Report of the Indian Hemp Drugs Commission, 1894-1895 - Volume IV
Year: 1894
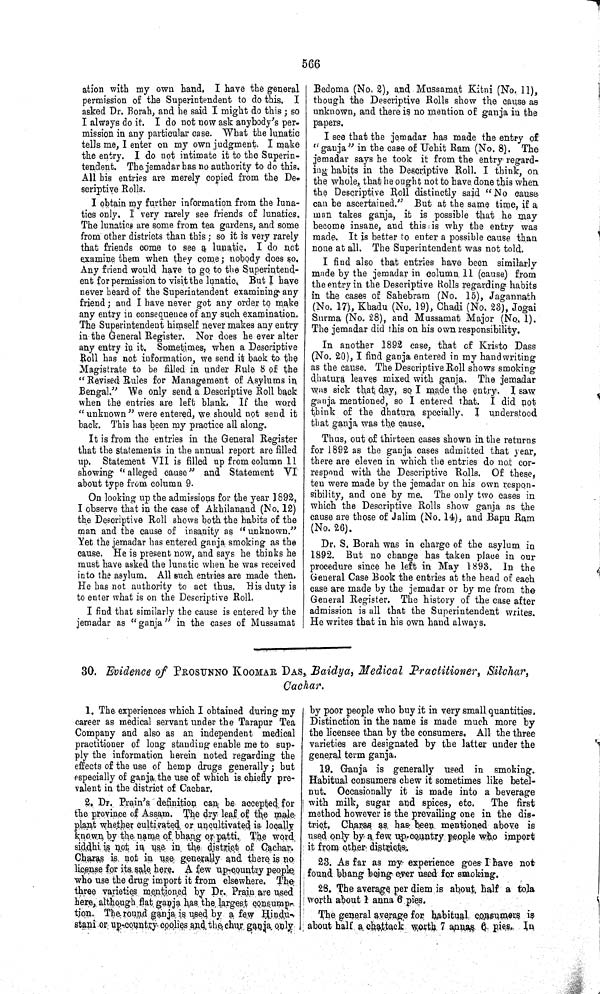
566
ation with my own hand. I have the general
permission of the Superintendent to do this. I
asked Dr. Borah, and he said I might do this; so
I always do it. I do not now ask anybody's per-
mission in any particular case. What the lunatic
tells me, I enter on my own judgment. I make
the entry. I do not intimate it to the Superin-
tendent. The jemadar has no authority to do this.
All his entries are merely copied from the De-
scriptive Rolls.
I obtain my further information from the luna-
tics only. I very rarely see friends of lunatics.
The lunatics are some from tea gardens, and some
from other districts than this; so it is very rarely
that friends come to see a lunatic. I do not
examine them when they come; nobody does so.
Any friend would have to go to the Superintend-
ent for permission to visit the lunatic. But I have
never heard of the Superintendent examining any
friend; and I have never got any order to make
any entry in consequence of any such examination.
The Superintendent himself never makes any entry
in the General Register. Nor does he ever alter
any entry in it. Sometimes, when a Descriptive
Roll has not information, we send it back to the
Magistrate to be filled in under Rule 8 of the
"Revised Rules for Management of Asylums in
Bengal." We only send a Descriptive Roll back
when the entries are left blank. If the word
"unknown" were entered, we should not send it
back. This has been my practice all along.
It is from the entries in the General Register
that the statements in the annual report are filled
up. Statement VII is filled up from column 11
showing "alleged cause" and Statement VI
about type from column 9.
On looking up the admissions for the year 1892,
I observe that in the case of Akhilanand (No. 12)
the Descriptive Roll shows both the habits of the
man and the cause of insanity as "unknown."
Yet the jemadar has entered ganja smoking as the
cause. He is present now, and says he thinks he
must have asked the lunatic when he was received
into the asylum. All such entries are made then.
He has not authority to act thus. His duty is
to enter what is on the Descriptive Roll.
I find that similarly the cause is entered by the
jemadar as "ganja" in the cases of Mussamat
Bedoma (No. 2), and Mussamat Kitni (No. 11),
though the Descriptive Rolls show the cause as
unknown, and there is no mention of ganja in the
papers.
I see that the jemadar has made the entry of
"ganja" in the case of Uchit Ram (No. 8). The
jemadar says he took it from the entry regard-
ing habits in the Descriptive Roll. I think, on
the whole, that he ought not to have done this when
the Descriptive Roll distinctly said "No cause
can be ascertained." But at the same time, if a
man takes ganja, it is possible that he may
become insane, and this is why the entry was
made. It is better to enter a possible cause than
none at all. The Superintendent was not told.
I find also that entries have been similarly
made by the jemadar in column 11 (cause) from
the entry in the Descriptive Rolls regarding habits
in the cases of Sahebram (No. 15), Jagannath
(No. 17), Khadu (No. 19), Chadi (No. 23), Jogai
Surma (No. 28), and Mussamat Major (No. 1).
The jemadar did this on his own responsibility.
In another 1892 case, that of Kristo Dass
(No. 20), I find ganja entered in my handwriting
as the cause. The Descriptive Roll shows smoking
dhatura leaves mixed with ganja. The jemadar
was sick that day, so I made the entry. I saw
ganja mentioned, so I entered that. I did not
think of the dhatura specially. I understood
that ganja was the cause.
Thus, out of thirteen cases shown in the returns
for 1892 as the ganja cases admitted that year,
there are eleven in which the entries do not cor-
respond with the Descriptive Rolls. Of these,
ten were made by the jemadar on his own respon-
sibility, and one by me. The only two cases in
which the Descriptive Rolls show ganja as the
cause are those of Jalim (No. 14), and Bapu Ram
(No. 26).
Dr. S. Borah was in charge of the asylum in
1892. But no change has taken place in our
procedure since he left in May 1893. In the
General Case Book the entries at the head of each
case are made by the jemadar or by me from the
General Register. The history of the case after
admission is all that the Superintendent writes.
He writes that in his own hand always.
30. Evidence of PROSUNNO KOOMAR DAS, Baidya, Medical Practitioner, Silchar,
Cachar.
1. The experiences which I obtained during my
career as medical servant under the Tarapur Tea
Company and also as an independent medical
practitioner of long standing enable me to sup-
ply the information herein noted regarding the
effects of the use of hemp drugs generally; but
especially of ganja the use of which is chiefly pre-
valent in the district of Cachar.
2. Dr. Prain's definition can be accepted for
the province of Assam. The dry leaf of the male
plant whether cultivated or uncultivated is locally
known by the name of bhang or patti. The word
siddhi is not in use in the district of Cachar.
Charas is not in use generally and there is no
license for its sale here. A few up-country people
who use the drug import it from elsewhere. The
three varieties mentioned by Dr. Prain are used
here, although flat ganja has the largest consump-
tion. The round ganja is used by a few Hindu-
stani or up-country coolies and the chur ganja only
by poor people who buy it in very small quantities.
Distinction in the name is made much more by
the licensee than by the consumers. All the three
varieties are designated by the latter under the
general term ganja.
19. Ganja is generally used in smoking.
Habitual consumers chew it sometimes like betel-
nut. Occasionally it is made into a beverage
with milk, sugar and spices, etc.
The first
method however is the prevailing one in the dis-
trict, Charas as has been mentioned above is
used only by a few up-country people who import
it from other districts.
23. As far as my experience goes I have not
found bhang being ever used for smoking.
28. The average per diem is about, half a tola
worth about 1 anna 6 pies.
The general average for habitual consumers is
about half a chattack worth 7 annas 6 pies. In